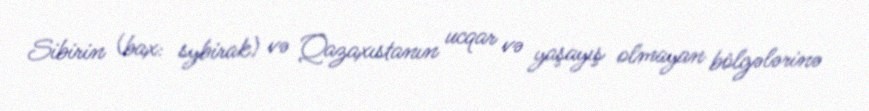
Sibirin (bax: sybirak) və Qazaxıstanın ucqar və yaşayış olmayan bölgələrinə